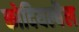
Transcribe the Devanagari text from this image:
कोदियल्बैल